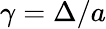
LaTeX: \gamma=\Delta/a